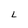
Character: L